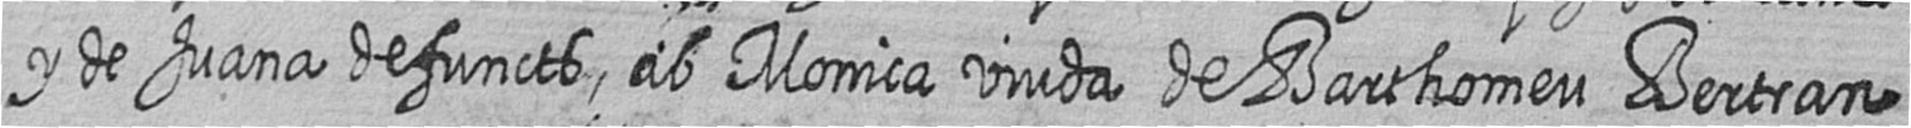
y de Juana defuncts ab Monica viuda de Barthomeu Bertran